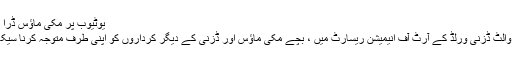
یوٹیوب پر مکی ماؤس ڈرا کرنا سیکھیں
اورلینڈو میں والٹ ڈزنی ورلڈ کے آرٹ آف انیمیشن ریسارٹ میں ، بچے مکی ماؤس اور ڈزنی کے دیگر کرداروں کو اپنی طرف متوجہ کرنا سیکھ سکتے ہیں۔